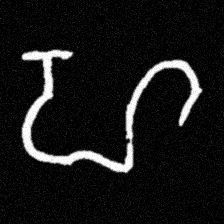
Pyu character \u2014 Myanmar letter: ဟ (romanized: ha)